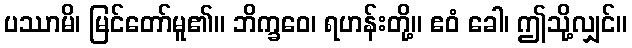
ပဿာမိ၊ မြင်တော်မူ၏။ ဘိက္ခဝေ၊ ရဟန်းတို့။ ဧဝံ ခေါ၊ ဤသို့လျှင်။